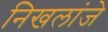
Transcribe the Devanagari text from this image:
निखलांजे